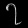
Digit: ၇